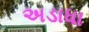
અડાધા